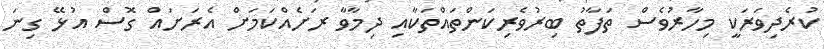
ކުރެދިވަރަކީ މިހާރުވެސް ތަފާތު ބިރުވެރިކަންތައްތަކާއި ދިމާވާ ރަށެއްކަމަށް އެރަށައް ގޮސް އުޅޭ ގިނަ